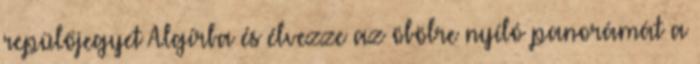
repülőjegyet Algírba és élvezze az öbölre nyíló panorámát a